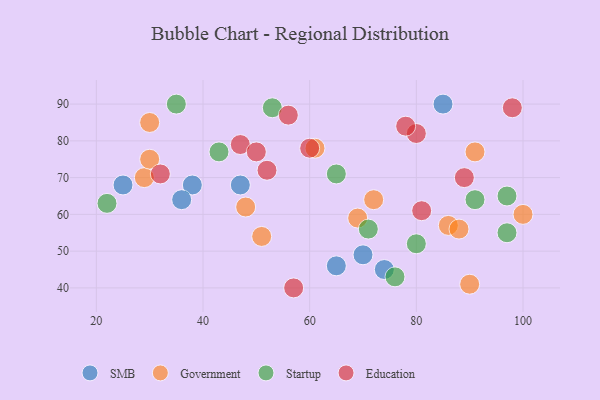
{"axis": {"x": "GDP", "y": "Life Expectancy"}, "legend": ["Education", "Government", "SMB", "Startup"], "data": [{"x": "70", "y": 49, "type": "SMB"}, {"x": "47", "y": 68, "type": "SMB"}, {"x": "38", "y": 68, "type": "SMB"}, {"x": "25", "y": 68, "type": "SMB"}, {"x": "36", "y": 64, "type": "SMB"}, {"x": "85", "y": 90, "type": "SMB"}, {"x": "65", "y": 46, "type": "SMB"}, {"x": "74", "y": 45, "type": "SMB"}, {"x": "100", "y": 60, "type": "Government"}, {"x": "61", "y": 78, "type": "Government"}, {"x": "72", "y": 64, "type": "Government"}, {"x": "86", "y": 57, "type": "Government"}, {"x": "29", "y": 70, "type": "Government"}, {"x": "91", "y": 77, "type": "Government"}, {"x": "30", "y": 85, "type": "Government"}, {"x": "90", "y": 41, "type": "Government"}, {"x": "30", "y": 75, "type": "Government"}, {"x": "88", "y": 56, "type": "Government"}, {"x": "69", "y": 59, "type": "Government"}, {"x": "48", "y": 62, "type": "Government"}, {"x": "51", "y": 54, "type": "Government"}, {"x": "35", "y": 90, "type": "Startup"}, {"x": "53", "y": 89, "type": "Startup"}, {"x": "80", "y": 52, "type": "Startup"}, {"x": "97", "y": 65, "type": "Startup"}, {"x": "97", "y": 55, "type": "Startup"}, {"x": "71", "y": 56, "type": "Startup"}, {"x": "76", "y": 43, "type": "Startup"}, {"x": "65", "y": 71, "type": "Startup"}, {"x": "91", "y": 64, "type": "Startup"}, {"x": "43", "y": 77, "type": "Startup"}, {"x": "22", "y": 63, "type": "Startup"}, {"x": "60", "y": 78, "type": "Education"}, {"x": "47", "y": 79, "type": "Education"}, {"x": "50", "y": 77, "type": "Education"}, {"x": "52", "y": 72, "type": "Education"}, {"x": "80", "y": 82, "type": "Education"}, {"x": "81", "y": 61, "type": "Education"}, {"x": "57", "y": 40, "type": "Education"}, {"x": "32", "y": 71, "type": "Education"}, {"x": "78", "y": 84, "type": "Education"}, {"x": "89", "y": 70, "type": "Education"}, {"x": "98", "y": 89, "type": "Education"}, {"x": "56", "y": 87, "type": "Education"}]}